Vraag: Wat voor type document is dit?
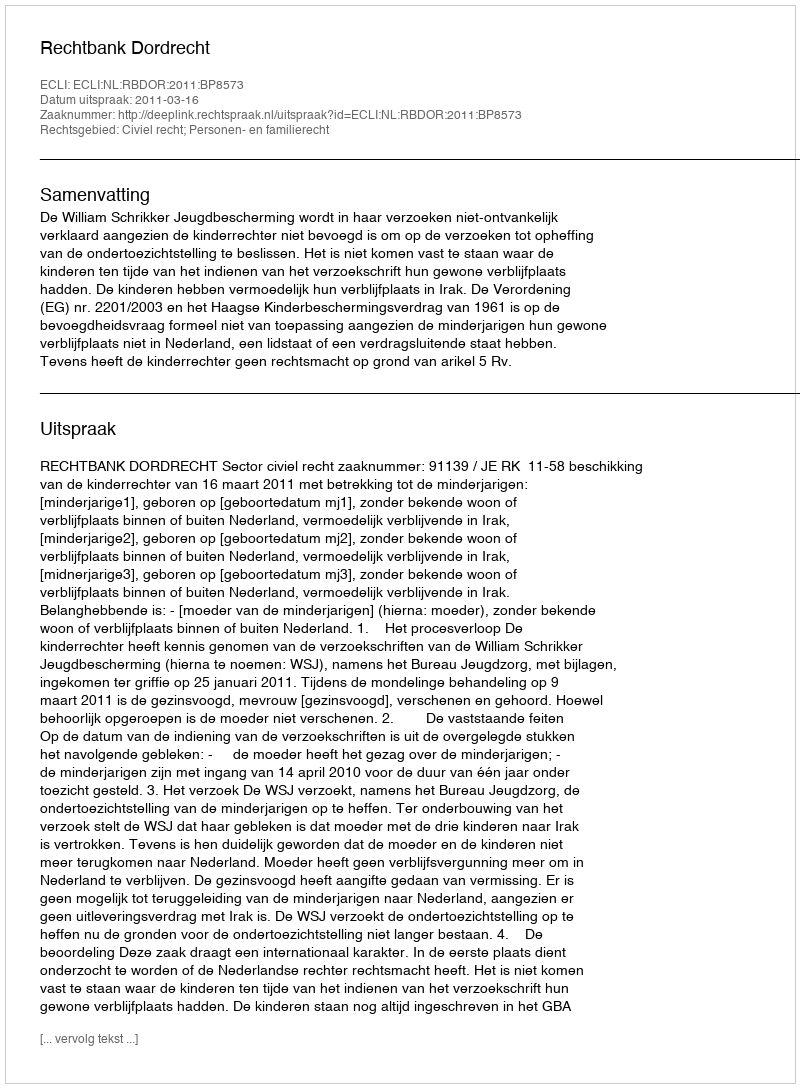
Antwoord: Uitspraak